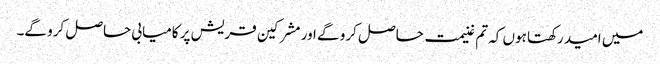
میں امید رکھتا ہوں کہ تم غنیمت حاصل کرو گے اور مشرکین قریش پر کامیابی حاصل کرو گے۔